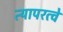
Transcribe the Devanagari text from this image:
त्यापरत्वे